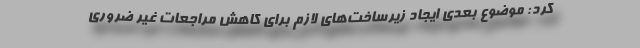
کرد: موضوع بعدی ایجاد زیرساخت‌های لازم برای کاهش مراجعات غیر ضروری